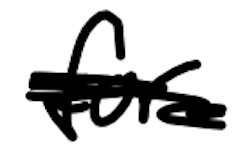
Text: for
Cross-out: scratch
Writing tool: digital_black